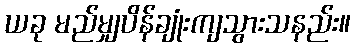
ယခု မည်မျှပိန်ချုံးကျသွားသနည်း။